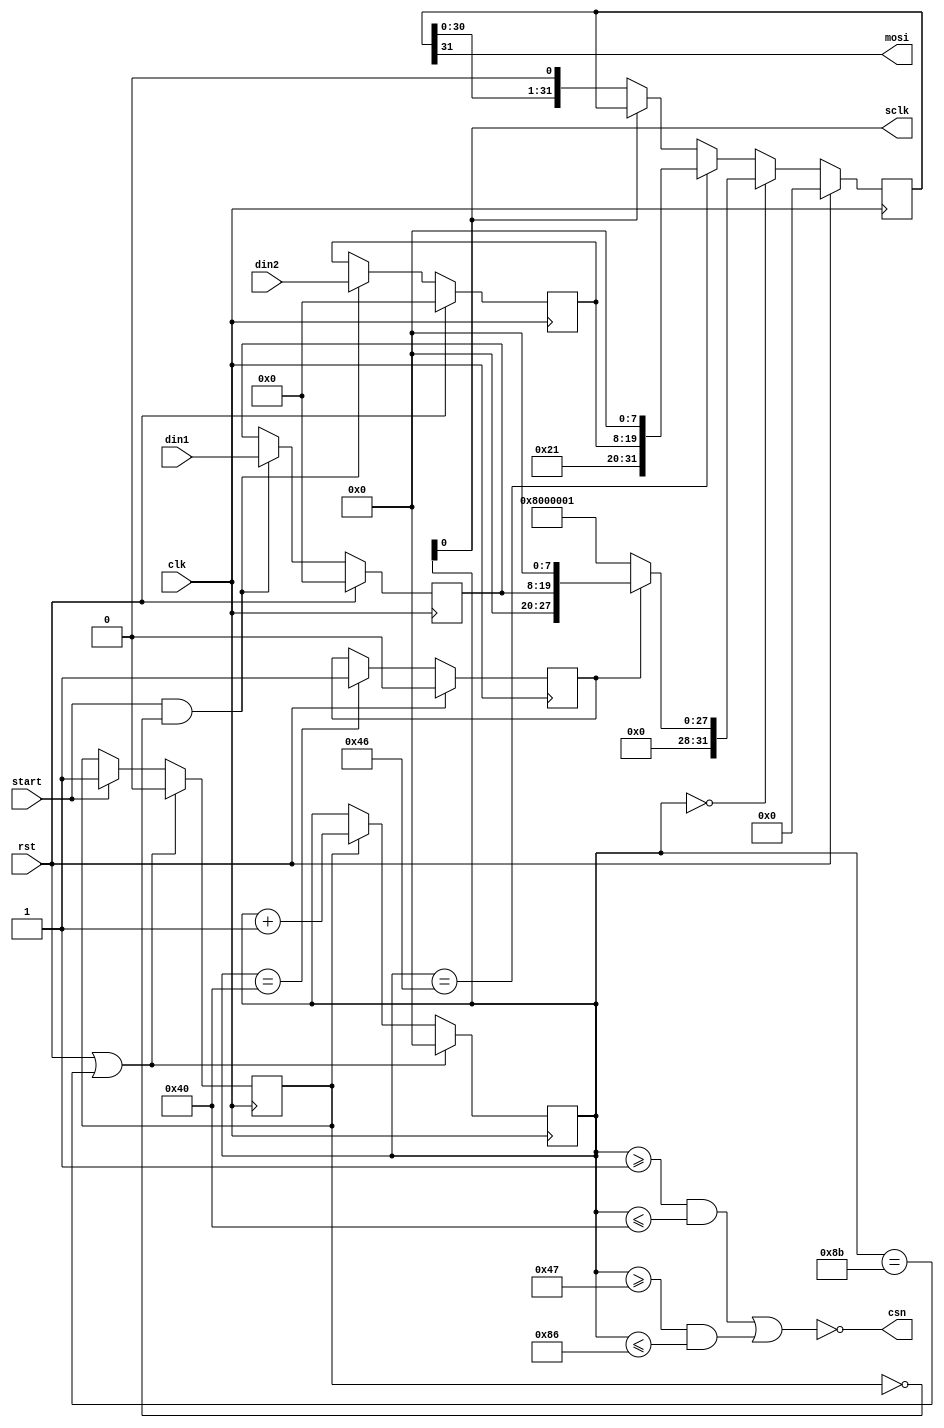
module dac(
	input rst, //reset
	input clk, //rendszerorajel (100 MHz)
	input[11:0] din1, //adatbemenet (A csatorna)
	input[11:0] din2, //adatbemenet (B csatorna)
	input start, //egy orajelnyi inditoimpulzus (max 714 kHz)
	output csn, //SPI engedelyezo jel
	output mosi, //SPI adat
	output sclk //SPI orajel (50 MHz)
);

/* start impulzusra elmentjuk a bemeneteket */
reg[11:0] din1_lat, din2_lat;
always@(posedge clk)
	if(rst)
	begin
		din1_lat<=0;
		din2_lat<=0;
	end
	else if(start & ~transfer)
	begin
		din1_lat<=din1;
		din2_lat<=din2;
	end
	
/* jelzi, hogy eppen mintat kuldunk a DAC fele */
reg transfer;
always@(posedge clk)
	if(rst|(cntr==8'd139))
		transfer<=0;
	else if(start)
		transfer<=1;

/* szamlalo az utemezeshez */
reg[7:0] cntr;
always@(posedge clk)
	if(rst|(cntr==8'd139))
		cntr<=0;
	else if(transfer)
		cntr<=cntr+1'b1;

/* 50 MHz SPI orajel */
assign sclk=cntr[0];

/* CS alacsony, amkor atvitel van */
assign csn=~(((cntr>=8'd1) & (cntr<=8'd64)) | ((cntr>=8'd71) & (cntr<=8'd134)));

/* jelzi, hogy kesz vagyunk-e a felkonfiguralassal */
reg config_done;
always@(posedge clk)
	if(rst)
		config_done<=0;
	else if(cntr==8'd64)
		config_done<=1'b1;

/* SCLK felfuto elere adjuk ki az uj adatot, lefutora mintavetelez */
reg[31:0] shr;
always@(posedge clk)
	if(rst)
		shr<=0;
	else if(cntr==0)
		if(!config_done)
			shr<=32'h08000001; //elso parancs: belso referenciafeszultseg be (2.5 V)
		else
			shr<={
				4'b0000, //don't care
				4'b0000, //parancs (iras a bemeneti regiszterbe)
				4'b0000, //cim (A csatorna)
				din1_lat, //adat
				8'b00000000 //don't care
			};
	else if(cntr==8'd70)
			shr<={
				4'b0000, //don't care
				4'b0010, //parancs (iras a bemeneti regiszterbe es minden kimenet frissitese)
				4'b0001, //cim (B csatorna)
				din2_lat, //adat
				8'b00000000 //don't care
			};
	else if(cntr[0]==1'b0)
		shr<={shr[30:0],1'b0};

assign mosi=shr[31];

endmodule